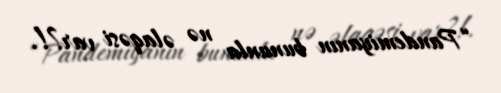
“Pandemiyanın bununla nə əlaqəsi var?!.